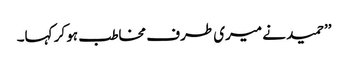
’’حمید نے میری طرف مخاطب ہو کر کہا۔